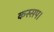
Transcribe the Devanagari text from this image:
कस्सप।